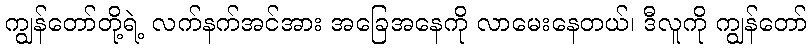
ကျွန်တော်တို့ရဲ့ လက်နက်အင်အား အခြေအနေကို လာမေးနေတယ်၊ ဒီလူကို ကျွန်တော်